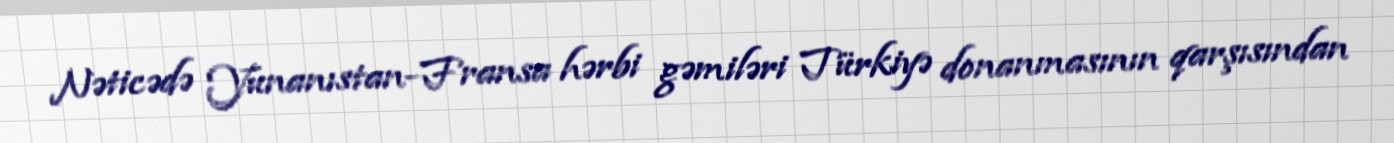
Nəticədə Yunanıstan-Fransa hərbi gəmiləri Türkiyə donanmasının qarşısından